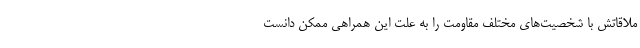
ملاقاتش با شخصیت‌های مختلف مقاومت را به علت این همراهی ممکن دانست